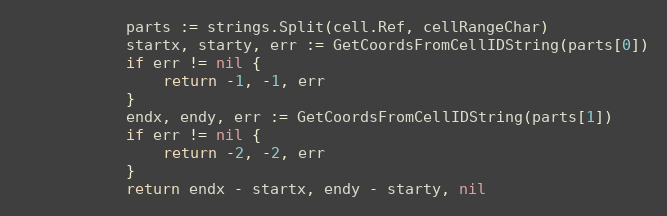
Language: Go
			parts := strings.Split(cell.Ref, cellRangeChar)
			startx, starty, err := GetCoordsFromCellIDString(parts[0])
			if err != nil {
				return -1, -1, err
			}
			endx, endy, err := GetCoordsFromCellIDString(parts[1])
			if err != nil {
				return -2, -2, err
			}
			return endx - startx, endy - starty, nil